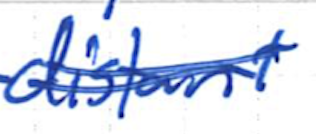
Text: distant
Cross-out: mix
Writing tool: ballpoint